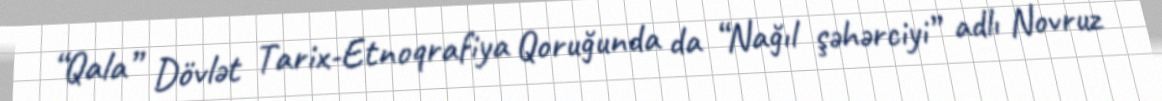
“Qala” Dövlət Tarix-Etnoqrafiya Qoruğunda da “Nağıl şəhərciyi” adlı Novruz